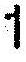
1